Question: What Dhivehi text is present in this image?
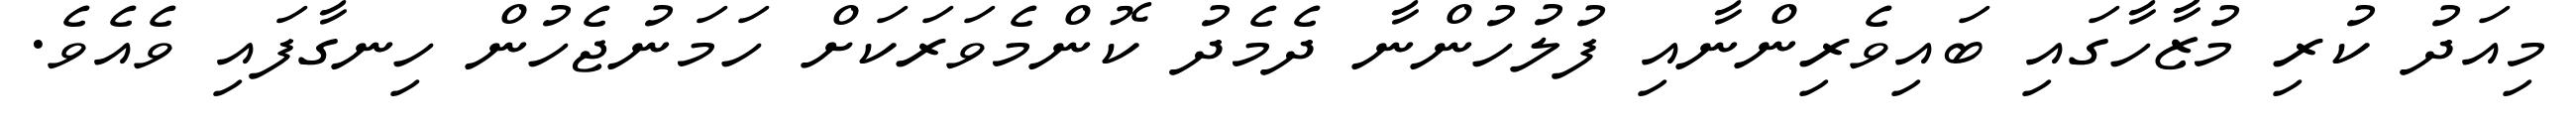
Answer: މިއަދު ކުރި މުޒާހާގައި ބައިވެރިންނާއި ފުލުހުންނާ ދެމެދު ކޮންމެވަރަކަށް ހަމަނުޖެހުން ހިނގާފައި ވެއެވެ.